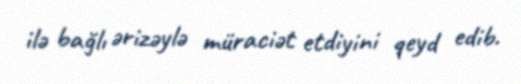
ilə bağlı ərizəylə müraciət etdiyini qeyd edib.